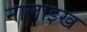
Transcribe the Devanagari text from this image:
नालाइख